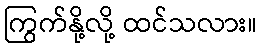
ကြွက်နို့လို့ ထင်သလား။